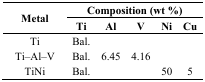
<table><thead><tr><td rowspan="2"><b>Metal</b></td><td colspan="5"><b>Composition (wt %)</b></td></tr><tr><td><b>Ti</b></td><td><b>Al</b></td><td><b>V</b></td><td><b>Ni</b></td><td><b>Cu</b></td></tr></thead><tbody><tr><td>Ti</td><td>Bal.</td><td></td><td></td><td></td><td></td></tr><tr><td>Ti–Al–V</td><td>Bal.</td><td>6.45</td><td>4.16</td><td></td><td></td></tr><tr><td>TiNi</td><td>Bal.</td><td></td><td></td><td>50</td><td>5</td></tr></tbody></table>